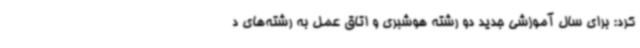
کرد: برای سال آموزشی جدید دو رشته هوشبری و اتاق عمل به رشته‌های د